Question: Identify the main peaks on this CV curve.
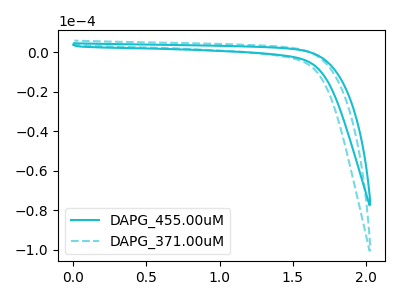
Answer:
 <answer>The cyan curve "DAPG_455.00uM" has no peaks. The cyan dashed curve "DAPG_371.00uM" has no peaks.</answer>
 <eval></eval>